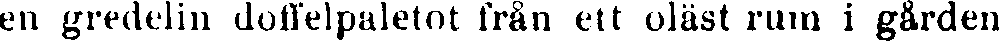
en gredelin doffelpaletot från ett oläst rum i gården